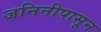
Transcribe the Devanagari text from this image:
जनिनीपासून